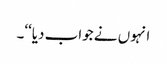
انہوں نے جواب دیا‘‘۔